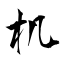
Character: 机